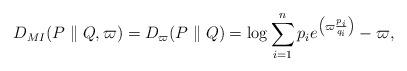
LaTeX: \begin{align*} D_{MI}(P\parallel Q,\varpi)= D_{\varpi}(P\parallel Q)=\log \sum_{i=1}^n{p_{i}e^{\left( \varpi \frac{p_i}{q_i} \right) } }-\varpi,\end{align*}